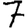
Digit: 7